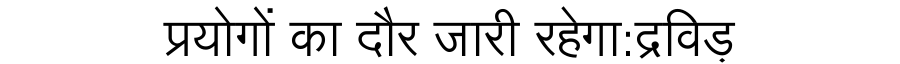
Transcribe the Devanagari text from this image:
प्रयोगों का दौर जारी रहेगा:द्रविड़